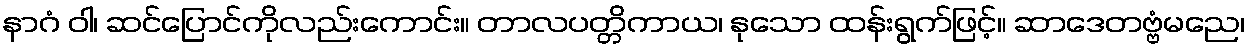
နာဂံ ဝါ၊ ဆင်ပြောင်ကိုလည်းကောင်း။ တာလပတ္တိကာယ၊ နုသော ထန်းရွက်ဖြင့်။ ဆာဒေတဗ္ဗံမညေ၊